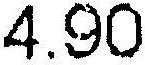
4.90